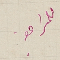
للمراجعة